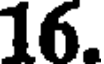
16.